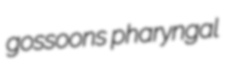
gossoons pharyngal